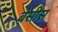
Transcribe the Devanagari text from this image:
बेसीस